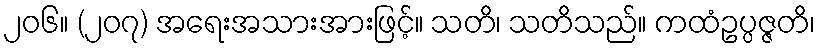
၂၀၆။ (၂၀၇) အရေးအသားအားဖြင့်။ သတိ၊ သတိသည်။ ကထံဥပ္ပဇ္ဇတိ၊